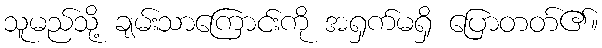
သူမည်သို့ ချမ်းသာကြောင်းကို အရှက်မရှိ ပြောတတ်၏။